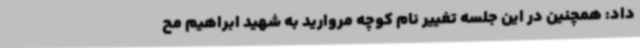
داد: همچنین در این جلسه تغییر نام کوچه مروارید به شهید ابراهیم مح